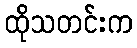
ထိုသတင်းက